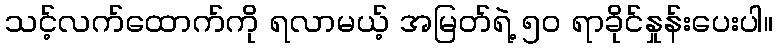
သင့်လက်ထောက်ကို ရလာမယ့် အမြတ်ရဲ့ ၅၀ ရာခိုင်နှုန်းပေးပါ။